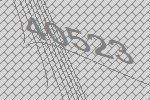
40523